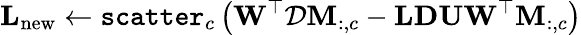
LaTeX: \mathbf{L}_{\mathrm{new}}\leftarrow\texttt{scatter}_{c}\left(\mathbf{W}^{\top}\mathcal{D}\mathbf{M}_{:,c}-\mathbf{L}\mathbf{D}\mathbf{U}\mathbf{W}^{\top}\mathbf{M}_{:,c}\right)